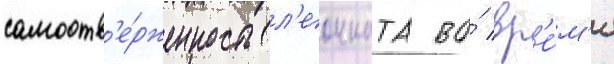
самоотв'е́рженность л'еонната во́ вр'е́м'я